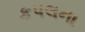
કપલના